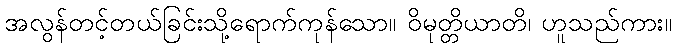
အလွန်တင့်တယ်ခြင်းသို့ရောက်ကုန်သော။ ဝိမုတ္တိယာတိ၊ ဟူသည်ကား။